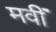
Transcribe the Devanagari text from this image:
मवीं